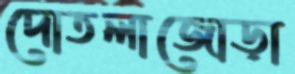
দোতলাজোড়া